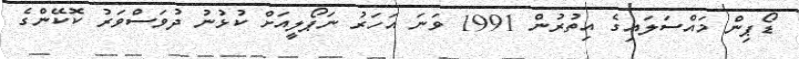
ޑޯޕިން މައްސަލައިގެ އިތުރުން 1991 ވަނަ އަހަރު ނަޕޯލީއަށް ކުޅުނު ދުވަސްވަރު ކޮކޭންގެ